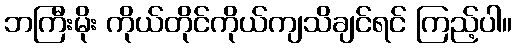
ဘကြီးမိုး ကိုယ်တိုင်ကိုယ်ကျသိချင်ရင် ကြည့်ပါ။